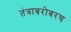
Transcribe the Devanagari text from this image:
तंत्राबरोबरच